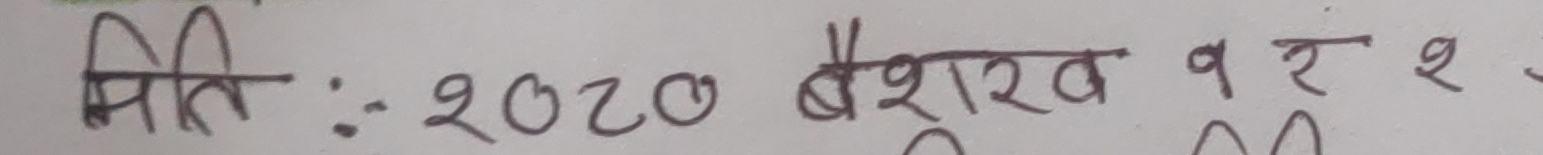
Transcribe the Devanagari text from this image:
मिति : २०८० बैशाख ११ र २